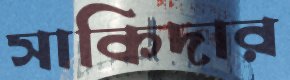
সাকিদার